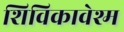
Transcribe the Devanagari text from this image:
शिविकावेश्म